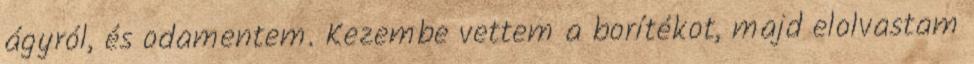
ágyról, és odamentem. Kezembe vettem a borítékot, majd elolvastam